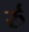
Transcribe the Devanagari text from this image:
र्रु